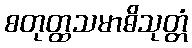
စတုတ္ထသမာဓိသုတ္တံ